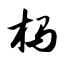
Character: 杩